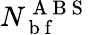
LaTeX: N_{\mathrm{~b~f~}}^{\mathrm{~A~B~S~}}